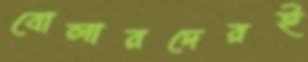
বোলারদেরই